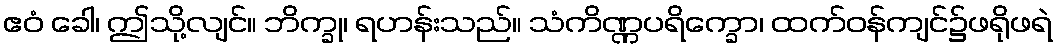
ဧဝံ ခေါ၊ ဤသို့လျင်။ ဘိက္ခု၊ ရဟန်းသည်။ သံကိဏ္ဏပရိက္ခော၊ ထက်ဝန်ကျင်၌ဖရိုဖရဲ